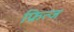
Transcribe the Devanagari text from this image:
फ्रित्ज